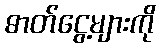
ဓာတ်ငွေ့များကို